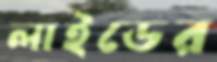
লাইডের